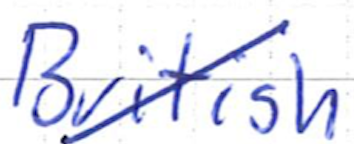
Text: British
Cross-out: diagonal
Writing tool: ballpoint